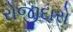
રોજીદારો